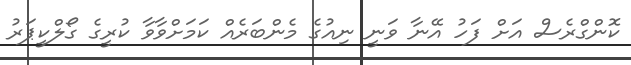
ކޮންގްރެސް އަށް ފަހު އޭނާ ވަނީ ނިއުގެ މެންބަރެއް ކަމަށްވާވާ ކުރީގެ ގޯލްކީޕަރު